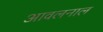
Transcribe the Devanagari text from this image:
आवलनाल